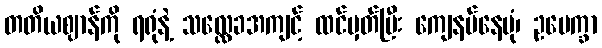
တတိယဈာန်ကို ရရုံနဲ့ သလ္လေခအကျင့် ထင်မှတ်ပြီး ကျေနပ်နေပုံ၊ ဥပေက္ခာ